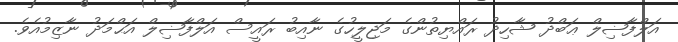
އަލްފާޟިލް ޢަބްދު ޝާހިދު ރައްޔިތުންގެ މަޖިލީހުގެ ނާއިބު ރައީސް އަލްފާޟިލް އަޙްމަދު ނާޒިމުއެވެ.